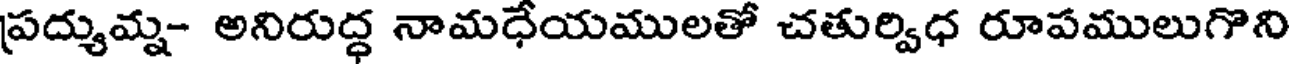
ప్రద్యుమ్న- అనిరుద్ధ నామధేయములతో చతుర్విధ రూపములుగొని